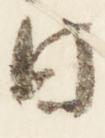
日